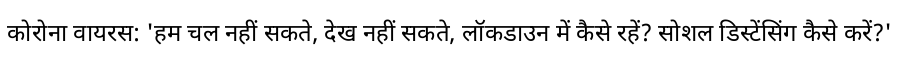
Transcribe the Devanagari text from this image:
कोरोना वायरस: 'हम चल नहीं सकते, देख नहीं सकते, लॉकडाउन में कैसे रहें? सोशल डिस्टेंसिंग कैसे करें?'